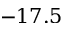
- 1 7 . 5